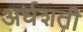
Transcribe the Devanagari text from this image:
अर्धशती